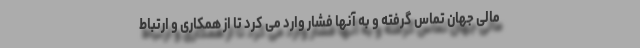
مالی جهان تماس گرفته و به آنها فشار وارد می کرد تا از همکاری و ارتباط